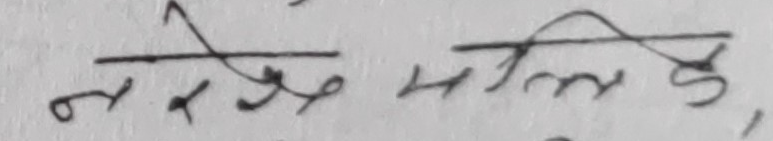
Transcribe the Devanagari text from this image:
नमो मल्लिहु